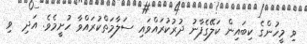
ވި މީހުންގެ ކިބައިން ކަލޭގެފާނު ދުރުކުރައްވައި ސަލާމަތްކުރައްވާ ހުށީމެވެ. އަދި  ވި